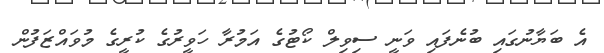
އެ ބަޔާނުގައި ބުނެފައި ވަނީ ސިވިލް ކޯޓުގެ އަމުރާ ހަވީރުގެ ކުރީގެ މުވައްޒަފުން